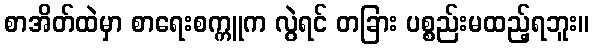
စာအိတ်ထဲမှာ စာရေးစက္ကူက လွဲရင် တခြား ပစ္စည်းမထည့်ရဘူး။